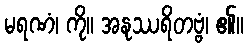
မရဏံ၊ ကို။ အနုဿရိတဗ္ဗံ၊ ၏။